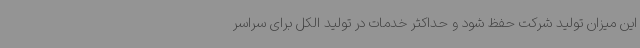
این میزان تولید شرکت حفظ شود و حداکثر خدمات در تولید الکل برای سراسر